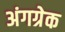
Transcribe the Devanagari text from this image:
अंगग्रेक